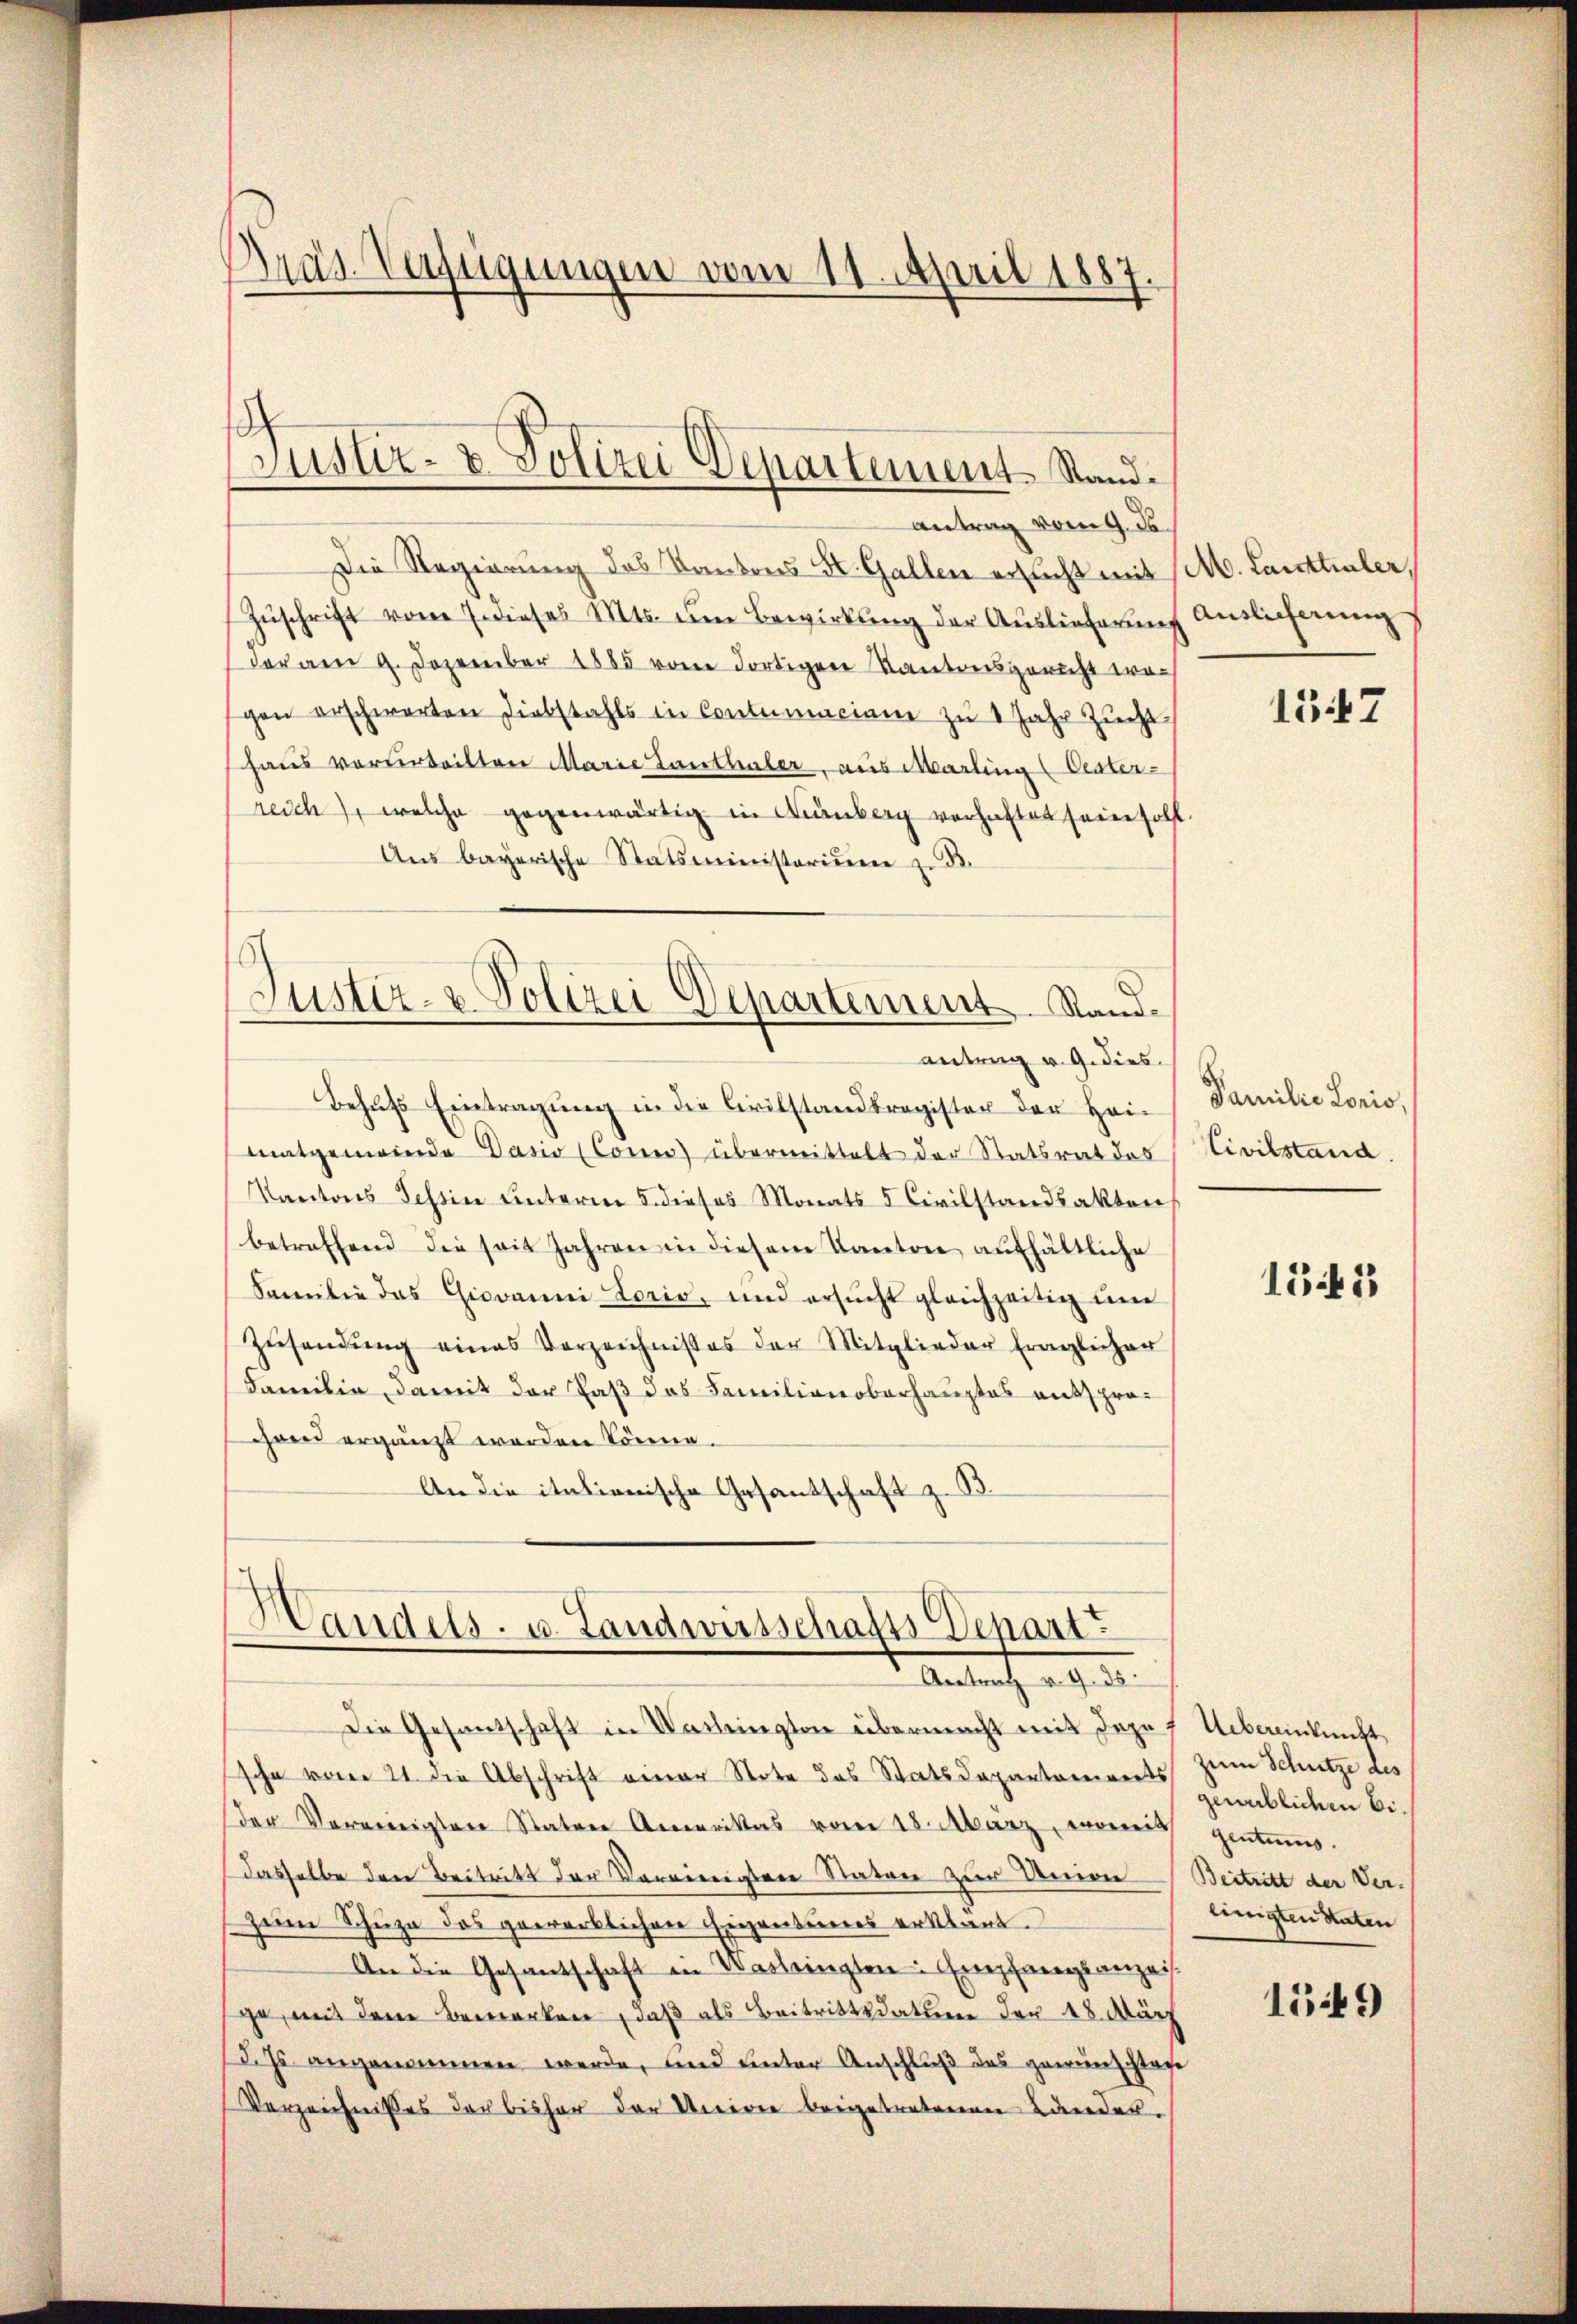
Gras Verfügungen vom 11. April 1887.
—

h
Justiz- & Polizei Departement Stand.

Antrag vom 9. de
Die Regierung des Kantons St. Gallen ersucht mit M. Lauttialer,
Zŭschrift vom 7. dieses Mts. ŭm Bewirkung der Auslieferung Auslicherung
dor am 9. Dezember 1885 vom dortigen Kantonsgericht wegen erschwerten Diebstahls in Contumaciam zu 1 Jahr Zucht
haus verurteilten Marie Lanthaler, aus Marling Ceater-
reich, welche gegenwärtig in Kanberg verhaftet sein soll.
Ans bayerische Statsministerium zu
6
Justiz- & Polizei Departement. Stand¬

antrag v. G. dies

Behufs Eintragung in die Civilstandsregister der Hei-
matgemeinde Vasio (Como übermittelt der Statsrat des Civilstand.
Kantons Tessin unterm 5. dieses Monats 5 Civilstandsakten
betreffend die seit Jahren in diesem Kanton aufhältliche
Familie das Giovanni Loris, und ersucht gleichzeitig um
Zusendung eines Verzeichnisses der Mitglieder fraglicher
Familie, damit der Paß das Familienoberhauptes aussprochand ergänzt werden könne.
An die itationische Gesandschaft z. B.

Handels- u. Landwirtschafts Depart
 Antrag v. 9. 35.

Die Gesandschaft in Verbrington übermacht mit dazu
sche vom 21. die Abschrift einer Note des Statsdepartements zum Schutze des
der Vereinigten Statore Amerikas vom 18. März, womit
dasselbe den Beitritt der Verwierigere Staten zur Univer Beitritt der Verzum Schuze das gewerblichen Eigentumes erklärt.
An die Gesantschaft in Verbringten Empfangsanzeige, mit dene Bemerken, daß als Beitrittsdature der 18. März
(d. Js. angenommen werde, und unter Anschluß das gerinschlage
Verzeichnißes der bisher der Univer beigetretenen Lander.

1347

Familie Loris,

151

Uebereinkunft
genüblichen Bigentums.
einigten Staten

1549